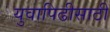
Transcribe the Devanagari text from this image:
युवापिढीसाठी